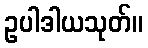
ဥပါဒါယသုတ်။